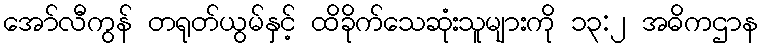
အော်လီကွန် တရုတ်ယွမ်နှင့် ထိခိုက်သေဆုံးသူများကို ၁၃:၂ အဓိကဌာန